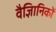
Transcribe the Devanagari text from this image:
वैज्ञिानिकों